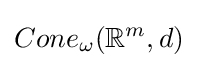
Cone_{\omega }(\mathbb {R} ^{m},d)